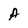
Character: A